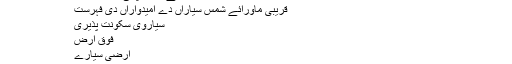
زمینی مماثل
ماورائے ارض سمندر
ماورائے ارض پانی دے بخارات
قریبی ماورائے شمس سیاراں دے امیدواراں دی فہرست
سیاروی سکونت پذیری
فوق ارض
ارضی سیارے
ارضی سیاریاں اُتے پانی
وضاحتی نوٹس
↑ سائیٹ غلطی:ناں منیا جان والا <ref> ٹیگ کوئی لکھت نئیں دتی گئی اتے پتے سلویاتی لئی۔